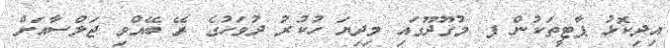
އިދިކޮޅު ޕާޓީތަކުން ފ މުގޫދޫގައި މިދިޔަ ހުކުރު ދުވަހުގެ ރޭ ބޭއްވި ޖަލްސާއަށް